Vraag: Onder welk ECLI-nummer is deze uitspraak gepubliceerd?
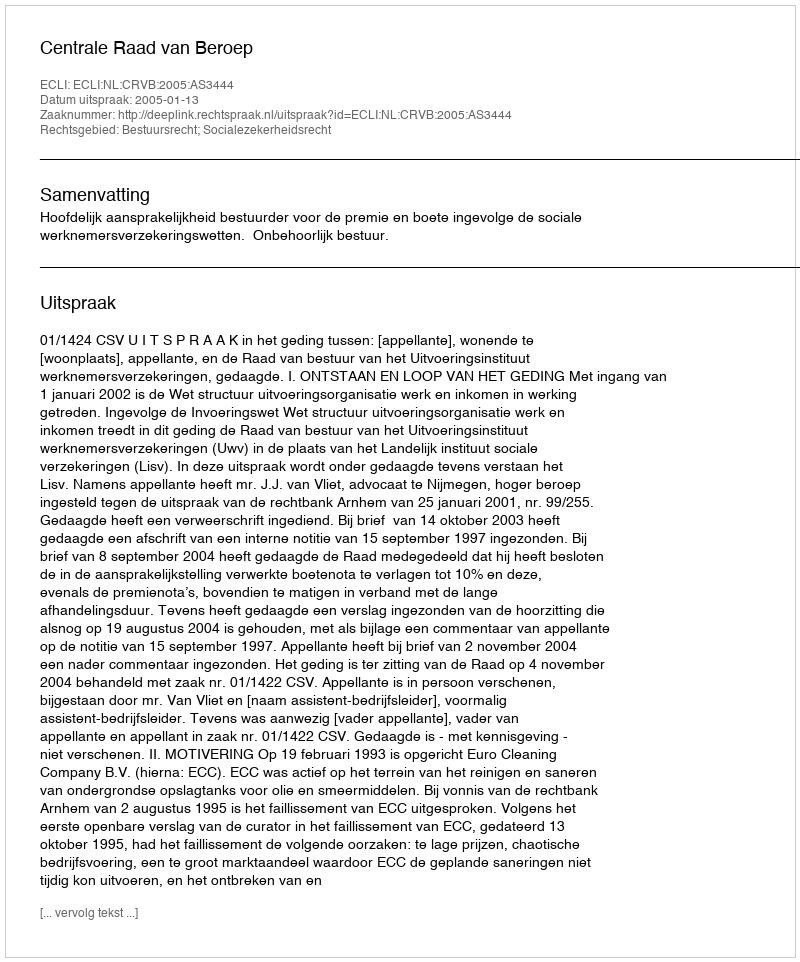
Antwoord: ECLI:NL:CRVB:2005:AS3444